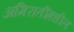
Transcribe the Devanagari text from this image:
अमिरातींमधील